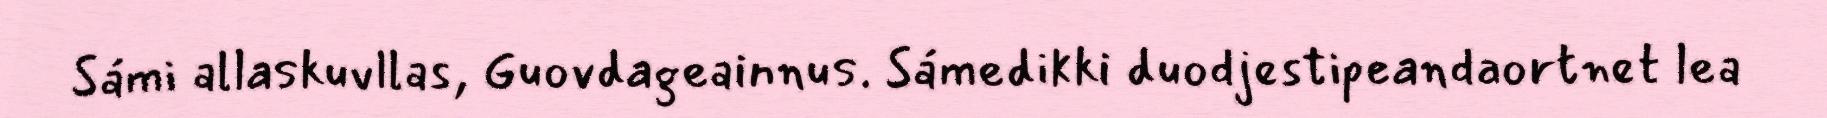
Sámi allaskuvllas, Guovdageainnus. Sámedikki duodjestipeandaortnet lea